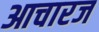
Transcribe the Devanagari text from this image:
आचारज